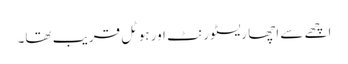
اچھے سے اچھا ریسٹورنٹ اور ہوٹل قریب تھا۔